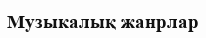
Музыкалық жанрлар